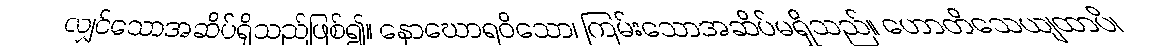
လျှင်သောအဆိပ်ရှိသည်ဖြစ်၍။ နောဃောရဝိသော၊ ကြမ်းသောအဆိပ်မရှိသည်။ ဟောတိသေယျထာပိ၊